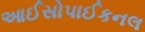
આઈસોપાઈકનલ